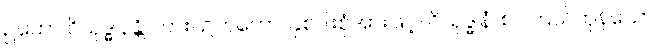
ဥဘော ဝိသုဒ္ဓါနန္တိ၊ ကား။ ဥဘတော၊ နှစ်ပါးစုံအားဖြင့်။ ဝိသုဒ္ဓါနံ၊ စင်ကြယ်ကုန်သော